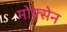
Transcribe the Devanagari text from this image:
मोक्सेन